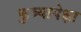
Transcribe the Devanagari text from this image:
कुत्र्यापेक्षा